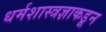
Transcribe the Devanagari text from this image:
धर्मशास्त्रज्ञाकडून